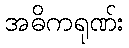
အဓိကရုဏ်း